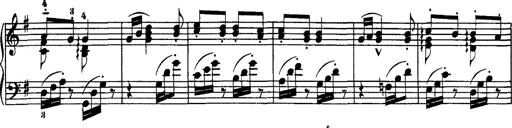
Title: Hungarian Rhapsody No.7
Composer: Franz Liszt
Key: D minor